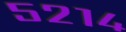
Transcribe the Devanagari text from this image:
५२१४